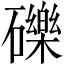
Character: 礫